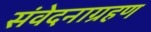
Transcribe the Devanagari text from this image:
संवेदनाग्रहण